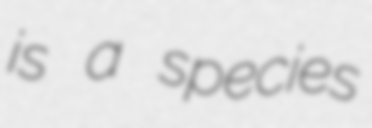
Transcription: is a species